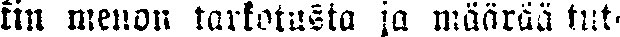
kin menon tarkotusta ja määrää tut-